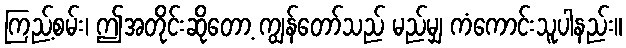
ကြည့်စမ်း၊ ဤအတိုင်းဆိုတော့ ကျွန်တော်သည် မည်မျှ ကံကောင်းသူပါနည်း။